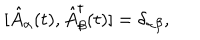
LaTeX: [ \hat { A } _ { \alpha } ( t ) , \hat { A } _ { \beta } ^ { \dagger } ( t ) ] = \delta _ { \alpha \beta } ,